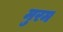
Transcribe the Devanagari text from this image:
मुरम